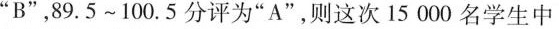
”B”，89.5~100.5分评为”A”，则这次15000名学生中